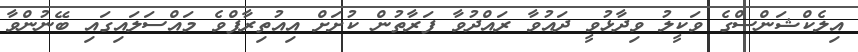
އިލެކްޝަންސްގެ ވަކީލު ވިދާޅުވީ ދައުވާ ރައްދުވާ ފަރާތުން ކުށަށް އިއުތިރާފްވެ މައްސަލައިގައި ބޭނުންވާ